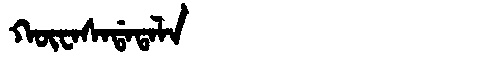
Manchu: ᡴᡡᠸᠠᠰᠠᡩᠠᡨᠠᠯᠠ
Romanization: KŪWASADATALA